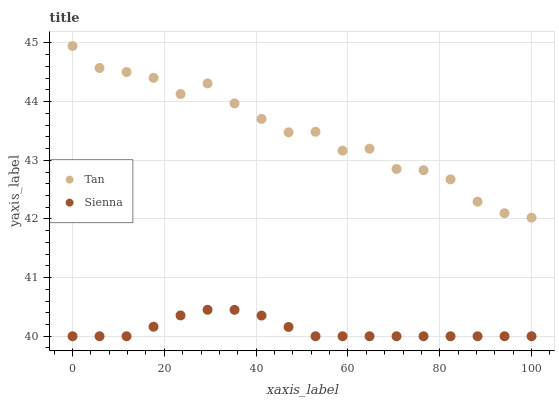
| xaxis_label | Tan | Sienna |
 | --- | --- | --- |
 | 0 | 44.9 | 40 |
 | 5.88 | 44.6 | 40 |
 | 11.8 | 44.5 | 40 |
 | 17.6 | 44.4 | 40.2 |
 | 23.5 | 44.1 | 40.4 |
 | 29.4 | 44.3 | 40.5 |
 | 35.3 | 44 | 40.5 |
 | 41.2 | 43.7 | 40.4 |
 | 47.1 | 43.5 | 40.2 |
 | 52.9 | 43.5 | 40 |
 | 58.8 | 43.2 | 40 |
 | 64.7 | 43.2 | 40 |
 | 70.6 | 42.9 | 40 |
 | 76.5 | 42.8 | 40 |
 | 82.4 | 42.7 | 40 |
 | 88.2 | 42.3 | 40 |
 | 94.1 | 42.1 | 40 |
 | 100 | 42 | 40 |